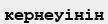
кернеуінін